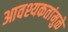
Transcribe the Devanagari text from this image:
आवश्यकतांमुळे